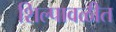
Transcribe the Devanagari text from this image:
शिल्पावळीत